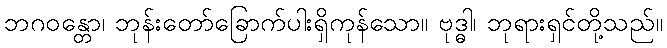
ဘဂဝန္တော၊ ဘုန်းတော်ခြောက်ပါးရှိကုန်သော။ ဗုဒ္ဓါ၊ ဘုရားရှင်တို့သည်။